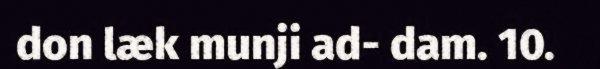
don læk munji ad- dam. 10.